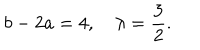
b - 2 a = 4 , \quad \lambda = \frac { 3 } { 2 } .